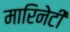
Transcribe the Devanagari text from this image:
मारिनेटी